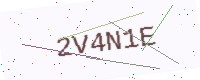
Text: 2V4N1E